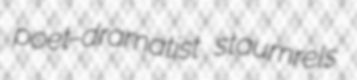
poet-dramatist staumrels